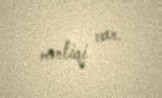
məntiqi var.